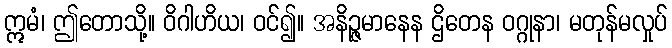
ဣမံ၊ ဤတောသို့။ ဝိဂါဟိယ၊ ဝင်၍။ အနိဉ္ဇမာနေန ဌိတေန ဝဂ္ဂုနာ၊ မတုန်မလှုပ်